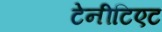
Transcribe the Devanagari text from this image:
टेनीटिएट